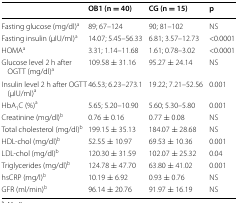
<table><thead><tr><td></td><td><b>OB1 (n = 40)</b></td><td><b>CG (n = 15)</b></td><td><b>p</b></td></tr></thead><tbody><tr><td>Fasting glucose (mg/dl)<sup>a</sup></td><td>89; 67–124</td><td>90; 81–102</td><td>NS</td></tr><tr><td>Fasting insulin (μIU/ml)<sup>a</sup></td><td>14.07; 5.45–56.33</td><td>6.81; 3.57–12.73</td><td>&lt;0.0001</td></tr><tr><td>HOMA<sup>a</sup></td><td>3.31; 1.14–11.68</td><td>1.61; 0.78–3.02</td><td>&lt;0.0001</td></tr><tr><td>Glucose level 2 h after OGTT (mg/dl)<sup>a</sup></td><td>109.58 ± 31.16</td><td>95.27 ± 24.14</td><td>NS</td></tr><tr><td>Insulin level 2 h after OGTT (μIU/ml)<sup>a</sup></td><td>46.53; 6.23–273.1</td><td>19.22; 7.21–52.56</td><td>0.001</td></tr><tr><td>HbA<sub>1</sub>C (%)<sup>a</sup></td><td>5.65; 5.20–10.90</td><td>5.60; 5.30–5.80</td><td>0.001</td></tr><tr><td>Creatinine (mg/dl)<sup>b</sup></td><td>0.76 ± 0.16</td><td>0.77 ± 0.08</td><td>NS</td></tr><tr><td>Total cholesterol (mg/dl)<sup>b</sup></td><td>199.15 ± 35.13</td><td>184.07 ± 28.68</td><td>NS</td></tr><tr><td>HDL-chol (mg/dl)<sup>b</sup></td><td>52.55 ± 10.97</td><td>69.53 ± 10.36</td><td>0.001</td></tr><tr><td>LDL-chol (mg/dl)<sup>b</sup></td><td>120.30 ± 31.59</td><td>102.07 ± 25.32</td><td>0.04</td></tr><tr><td>Triglycerides (mg/dl)<sup>b</sup></td><td>124.78 ± 47.70</td><td>63.80 ± 41.02</td><td>0.001</td></tr><tr><td>hsCRP (mg/l)<sup>b</sup></td><td>10.19 ± 6.92</td><td>0.93 ± 0.76</td><td>NS</td></tr><tr><td>GFR (ml/min)<sup>b</sup></td><td>96.14 ± 20.76</td><td>91.97 ± 16.19</td><td>NS</td></tr></tbody></table>